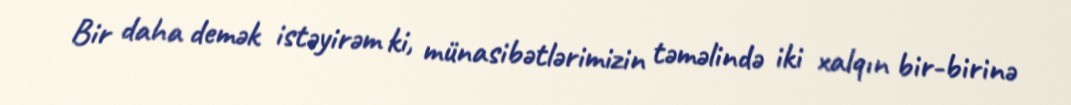
Bir daha demək istəyirəm ki, münasibətlərimizin təməlində iki xalqın bir-birinə